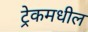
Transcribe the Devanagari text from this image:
ट्रेकमधील